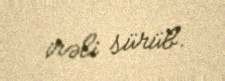
irəli sürüb.